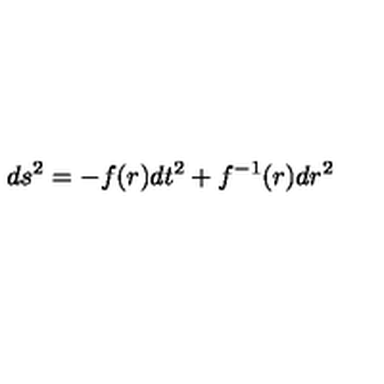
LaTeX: d s ^ { 2 } = - f ( r ) d t ^ { 2 } + f ^ { - 1 } ( r ) d r ^ { 2 }